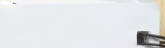
speed limit 60